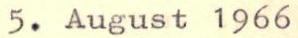
5. August 1966